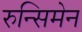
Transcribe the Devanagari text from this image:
रुन्सिमेन